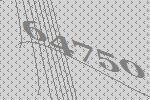
64750